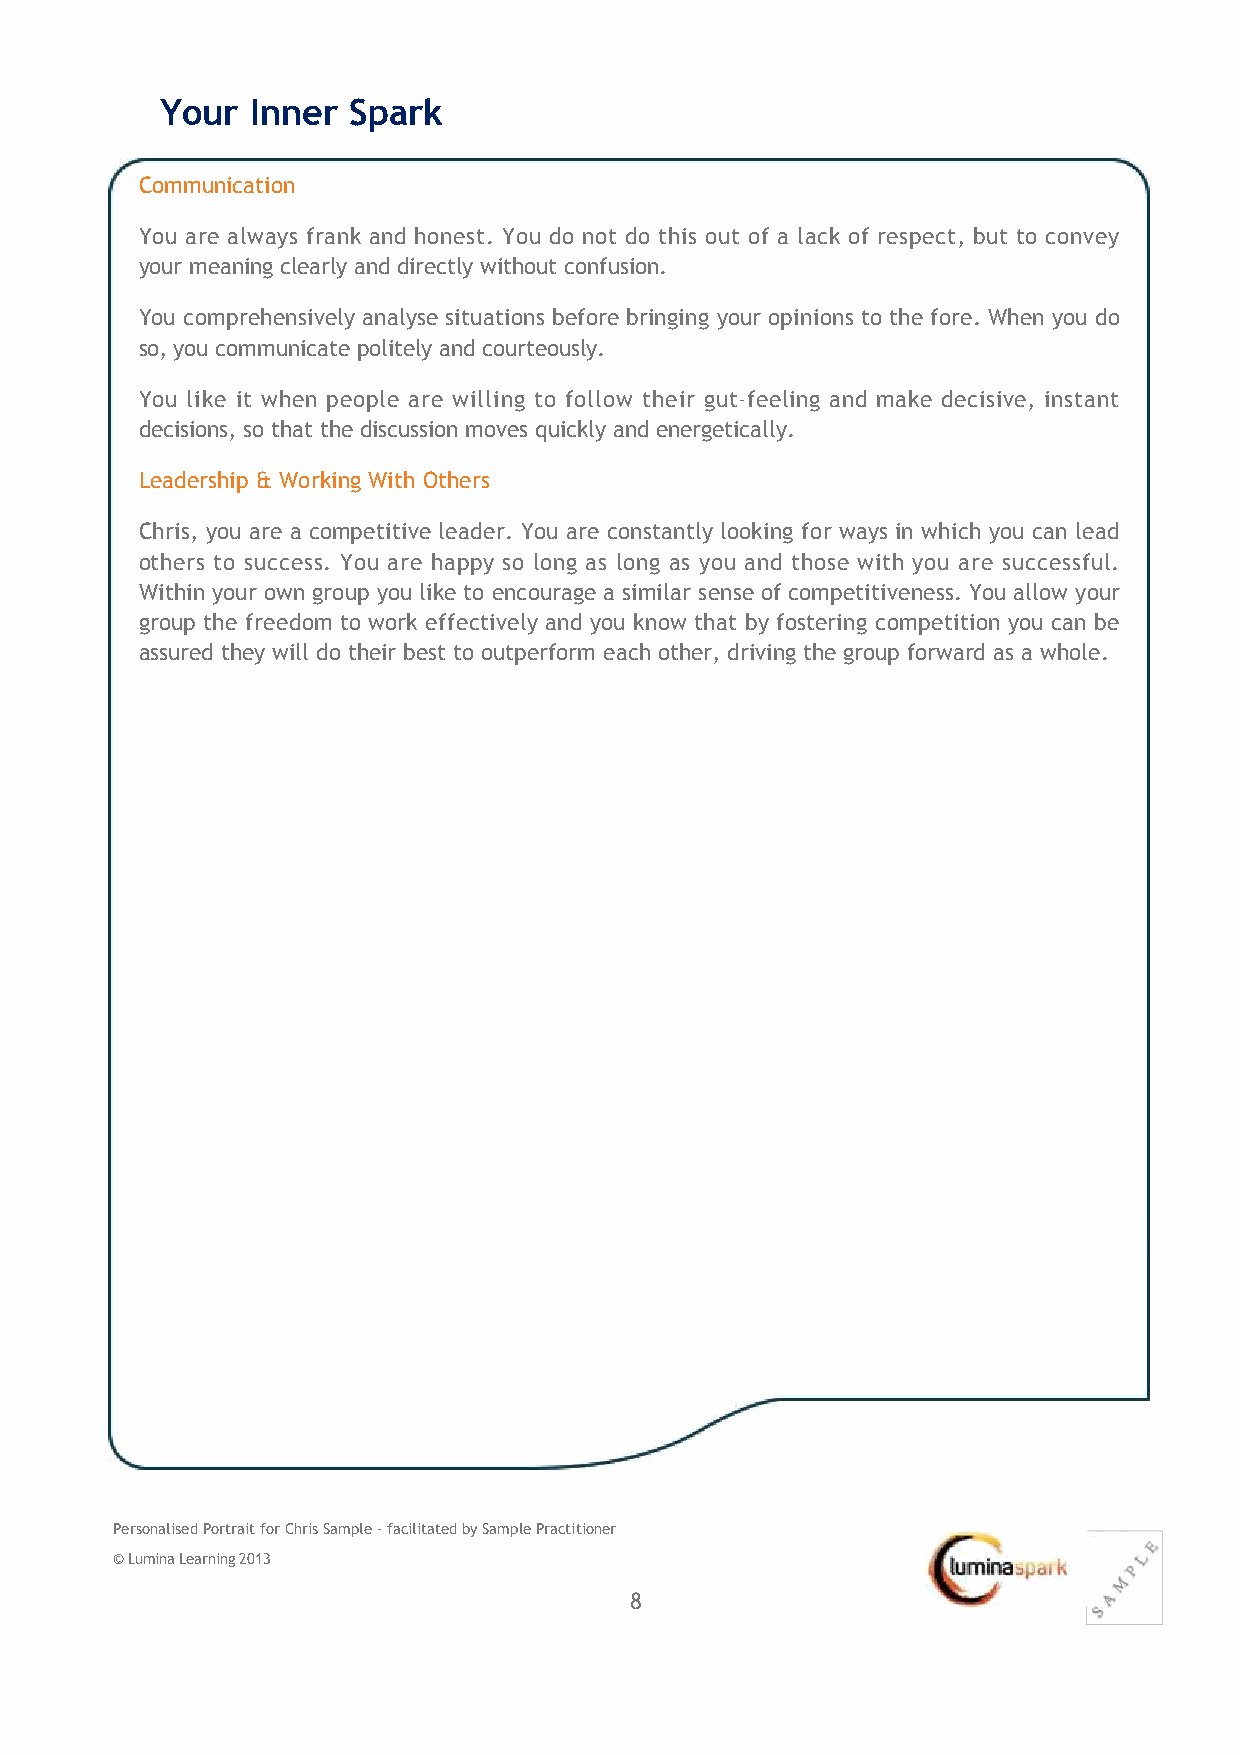
Your  Inner Spark
 Communication
 You are always frank and honest. You do not do this out of a lack of respect, but to convey
 your meaning clearly and directly without confusion.
 You comprehensively analyse situations before bringing your opinions to the fore. When you do
 so, you communicate politely and courteously.
 You like it when people are willing to follow their gut‐feeling and make decisive, instant
 decisions, so that the discussion moves quickly and energetically.
 Leadership & Working With Others
 Chris, you are a competitive leader. You are constantly looking for ways in which you can lead
 others to success. You are happy so long as long as you and those with you are successful.
 Within your own group you like to encourage a similar sense of competitiveness. You allow your
 group the freedom to work effectively and you know that by fostering competition you can be
 assured they will do their best to outperform each other, driving the group forward as a whole.
 Personalised Portrait for Chris Sample ‐ facilitated by Sample Practitioner
 © Lumina Learning 2013
 8